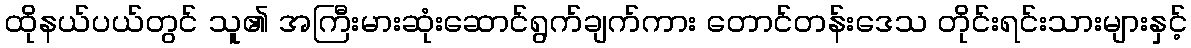
ထိုနယ်ပယ်တွင် သူ၏ အကြီးမားဆုံးဆောင်ရွက်ချက်ကား တောင်တန်းဒေသ တိုင်းရင်းသားများနှင့်